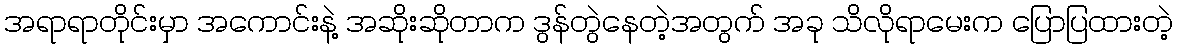
အရာရာတိုင်းမှာ အကောင်းနဲ့ အဆိုးဆိုတာက ဒွန်တွဲနေတဲ့အတွက် အခု သိလိုရာမေးက ပြောပြထားတဲ့